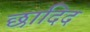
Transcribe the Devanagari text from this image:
छादिद